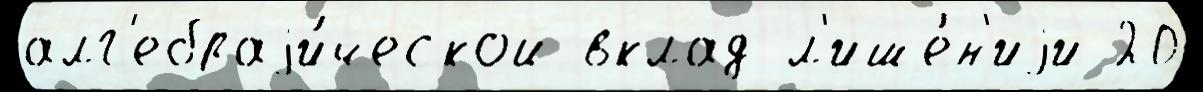
алг'ебраjи́ческой вклад л'ише́н'иjи 20